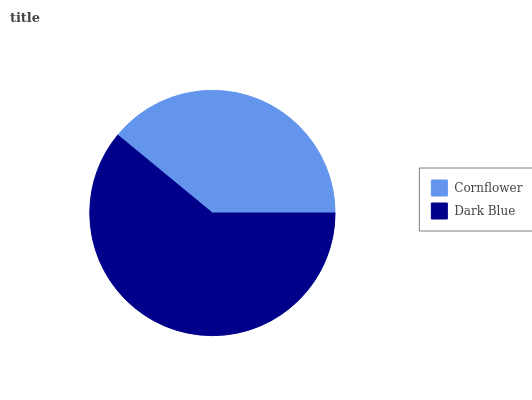
| Cornflower | Dark Blue |
 | --- | --- |
 | 39% | 61% |